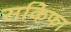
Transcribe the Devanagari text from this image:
सकिफा